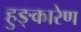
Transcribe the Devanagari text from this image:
हुङ्कारेण